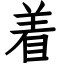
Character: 着